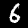
Label: 6